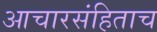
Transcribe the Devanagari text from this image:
आचारसंहिताच